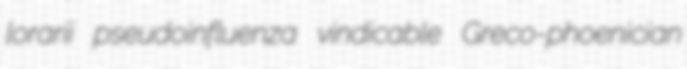
lorarii pseudoinfluenza vindicable Greco-phoenician